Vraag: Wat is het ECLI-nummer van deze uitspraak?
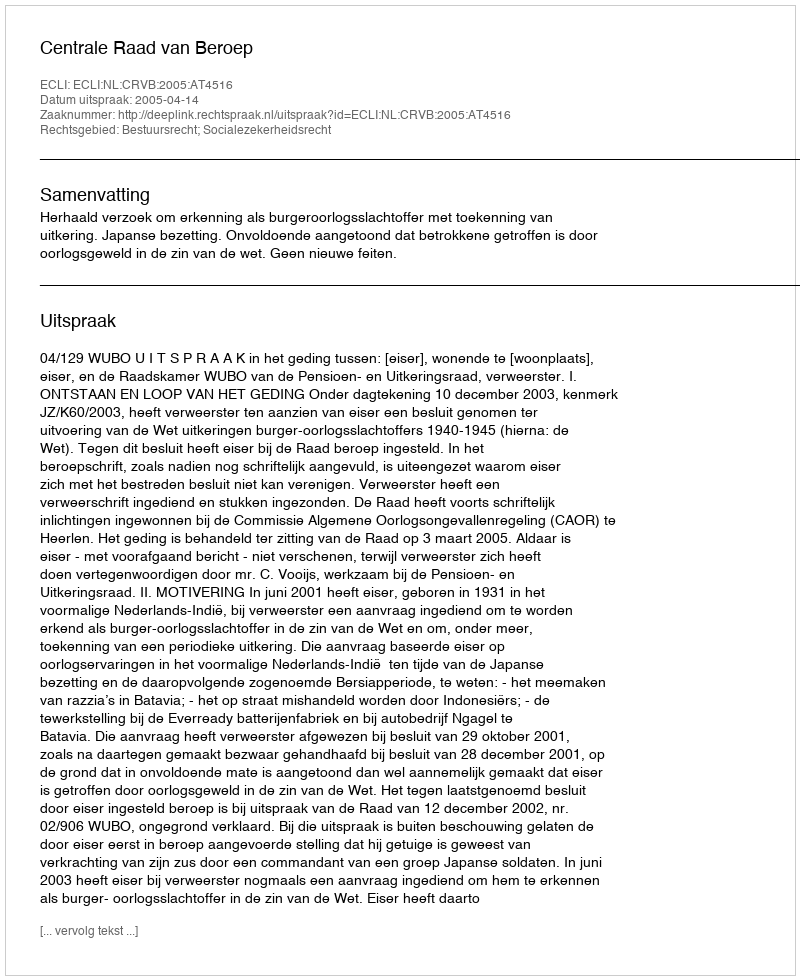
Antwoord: ECLI:NL:CRVB:2005:AT4516